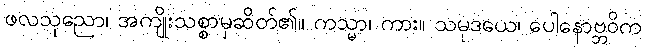
ဖလသုညော၊ အကျိုးသစ္စာမှဆိတ်၏။ ကသ္မာ၊ ကား။ သမုဒယေ၊ ပေါနောဗ္ဘဝိက